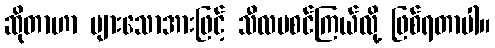
ဆိုတာဟာ များသောအားဖြင့် သီလမစင်ကြယ်လို့ ဖြစ်ရတာပါ။